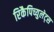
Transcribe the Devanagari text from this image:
रिकैपिच्युलेट्स